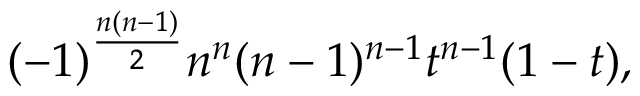
( - 1 ) ^ { \frac { n ( n - 1 ) } { 2 } } n ^ { n } ( n - 1 ) ^ { n - 1 } t ^ { n - 1 } ( 1 - t ) ,